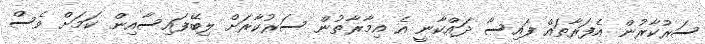
ސަރުކާރުން އެފަރާތައް ފައިސާ ދައްކާނީ އެ އިމާރާތުން ސަރުކާރަށް ލިބޭފައިސާއިން ކަމަށް ވެސް